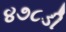
૪૭૮ડી